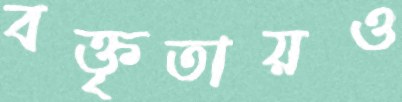
বক্তৃতায়ও